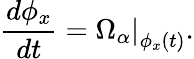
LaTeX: {\frac{d\phi_{x}}{dt}}=\left.\Omega_{\alpha}\right|_{\phi_{x}(t)}.